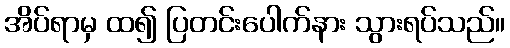
အိပ်ရာမှ ထ၍ ပြတင်းပေါက်နား သွားရပ်သည်။